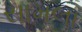
સામલા